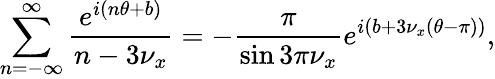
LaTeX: \sum_{n=-\infty}^{\infty}\frac{e^{i\left(n\theta+b\right)}}{n-3\nu_{x}}=-\frac{\pi}{\sin{3\pi\nu_{x}}}e^{i\left(b+3\nu_{x}\left(\theta-\pi\right)\right)},